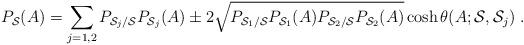
LaTeX: \begin{align*}P_{{\cal S}}(A)= \sum_{j=1,2} P_{{\cal S}_j/{\cal S}} P_{{\cal S}_j}(A) \pm2 \sqrt{P_{{\cal S}_1/{\cal S}} P_{{\cal S}_1}(A)P_{{\cal S}_2/{\cal S}} P_{{\cal S}_2}(A)} \cosh \theta(A; {\cal S}, {\cal S}_j)\;.\end{align*}